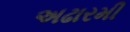
અઢારમી